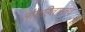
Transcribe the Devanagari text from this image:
लोकहितास्तव